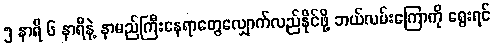
၅ နာရီ ၆ နာရီနဲ့ နာမည်ကြီးနေရာတွေလျှောက်လည်နိုင်ဖို့ ဘယ်လမ်းကြောကို ရွေးရင်